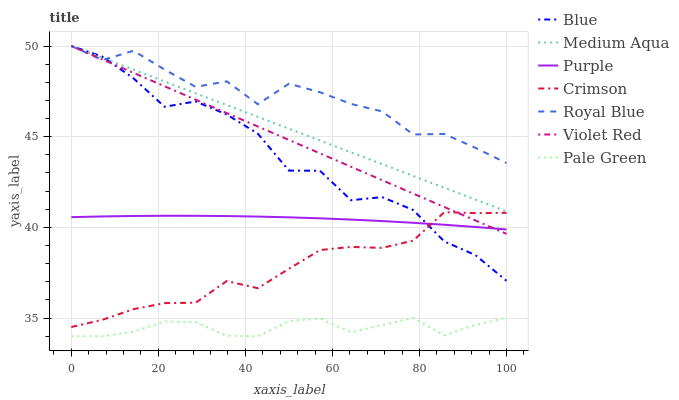
| xaxis_label | Blue | Medium Aqua | Purple | Crimson | Royal Blue | Violet Red | Pale Green |
 | --- | --- | --- | --- | --- | --- | --- | --- |
 | 0 | 50 | 50 | 40.6 | 34.5 | 50 | 50 | 34 |
 | 7.14 | 49.4 | 49.3 | 40.6 | 34.9 | 49.2 | 49.3 | 34 |
 | 14.3 | 48.2 | 48.7 | 40.6 | 35.5 | 49.7 | 48.5 | 34.2 |
 | 21.4 | 46.7 | 48 | 40.6 | 35.8 | 48.7 | 47.8 | 34.8 |
 | 28.6 | 46.9 | 47.4 | 40.6 | 35.8 | 47.7 | 47 | 34.8 |
 | 35.7 | 46.2 | 46.7 | 40.6 | 37 | 48.1 | 46.3 | 34 |
 | 42.9 | 45.2 | 46.1 | 40.6 | 36.6 | 46.8 | 45.6 | 34 |
 | 50 | 43.1 | 45.4 | 40.6 | 37.7 | 47.9 | 44.8 | 34.8 |
 | 57.1 | 43.1 | 44.8 | 40.5 | 38.8 | 47.5 | 44.1 | 35 |
 | 64.3 | 41.5 | 44.1 | 40.4 | 38.9 | 46.8 | 43.3 | 34.2 |
 | 71.4 | 41.7 | 43.5 | 40.4 | 38.9 | 46.4 | 42.6 | 34.6 |
 | 78.6 | 41 | 42.8 | 40.3 | 39.3 | 45.1 | 41.9 | 35 |
 | 85.7 | 39.2 | 42.2 | 40.1 | 40.8 | 45.2 | 41.1 | 34.1 |
 | 92.9 | 38.5 | 41.5 | 40 | 40.8 | 44.4 | 40.4 | 34.6 |
 | 100 | 37.1 | 40.9 | 39.9 | 40.8 | 43.5 | 39.6 | 35 |